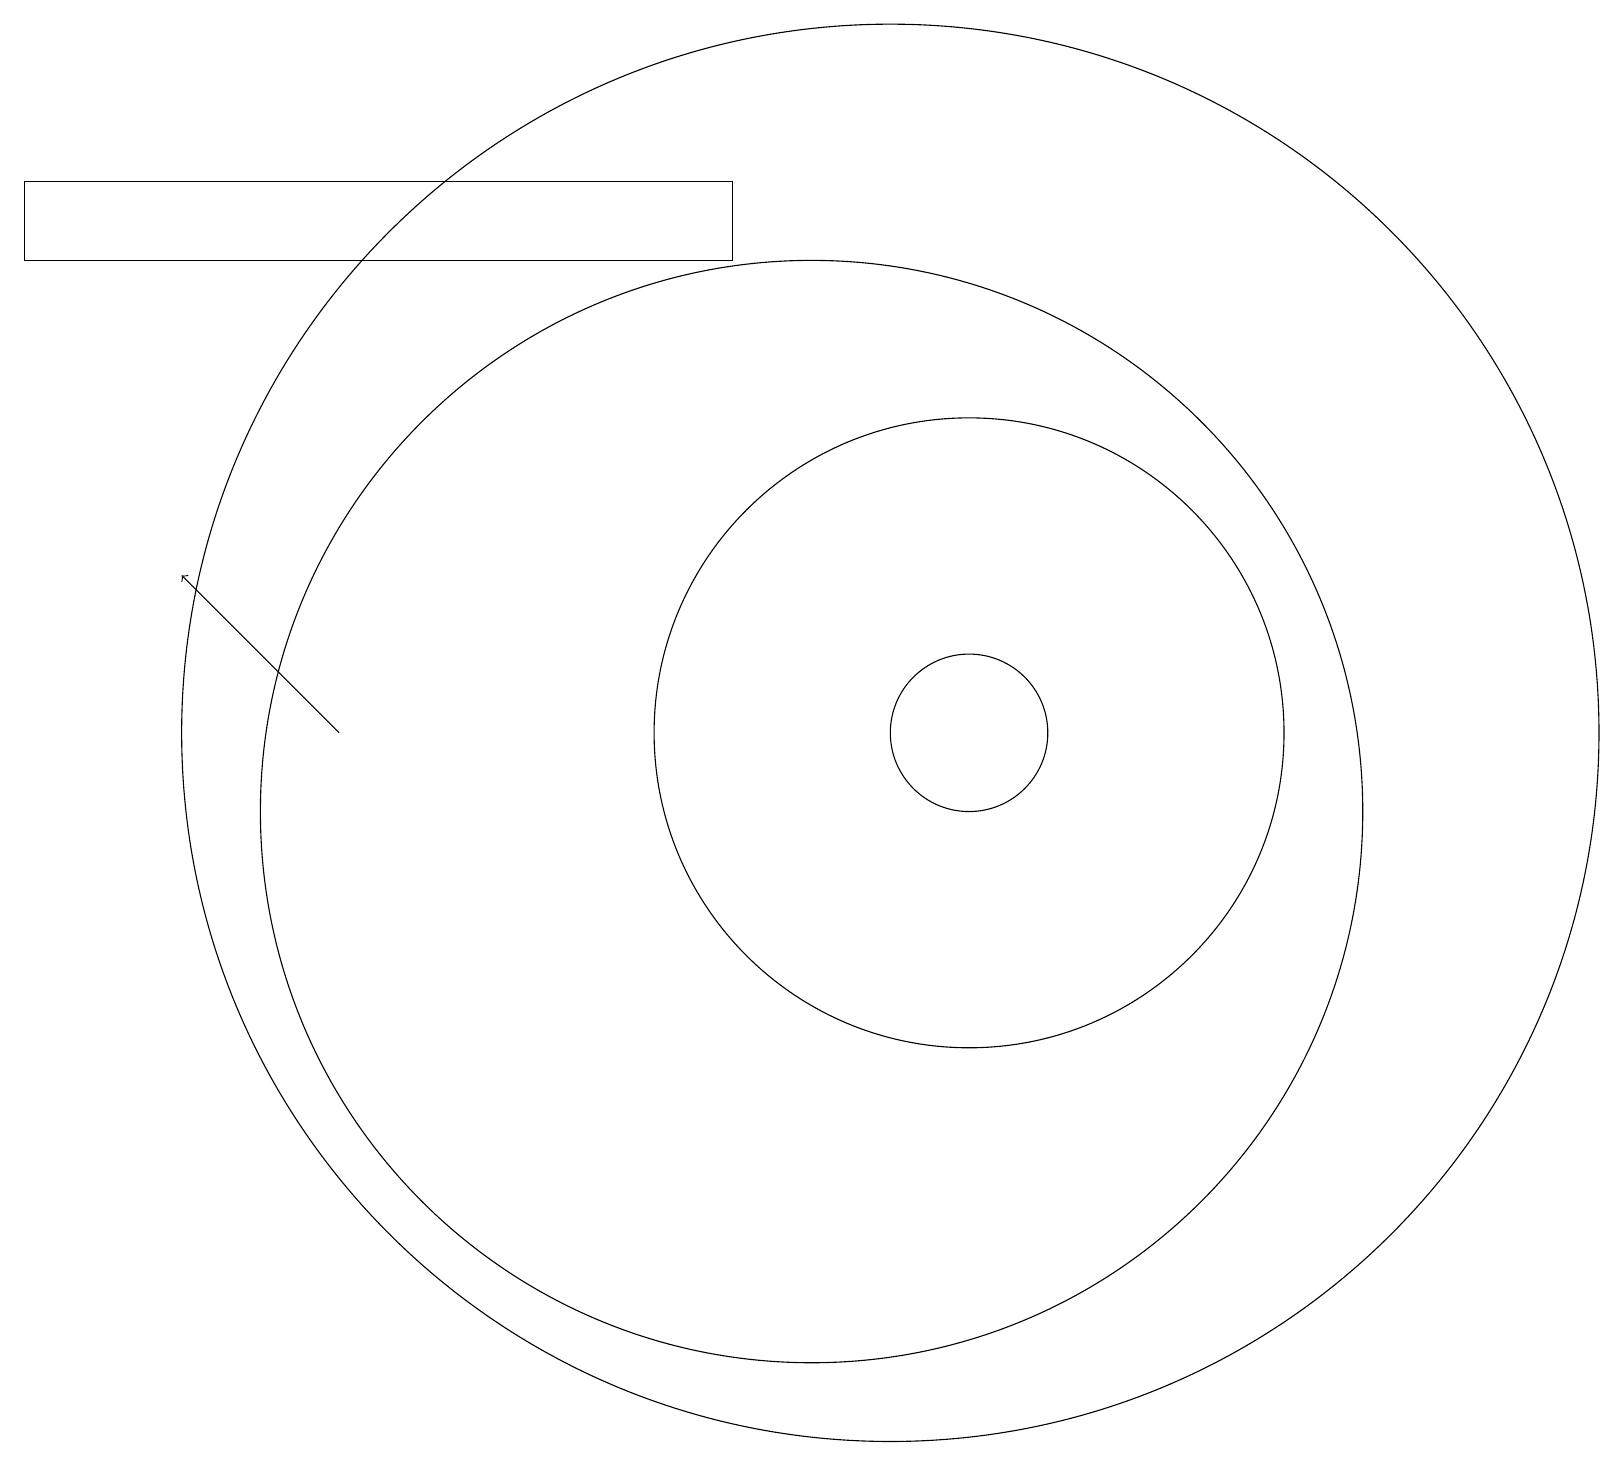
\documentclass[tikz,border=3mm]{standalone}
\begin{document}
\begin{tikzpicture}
\draw (9,19) rectangle (0,18);
\draw (10,11) circle (7);
\draw (12,12) circle (4);
\draw[->] (4,12) -- (2,14);
\draw (11,12) circle (9);
\draw (12,12) circle (1);
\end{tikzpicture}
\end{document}